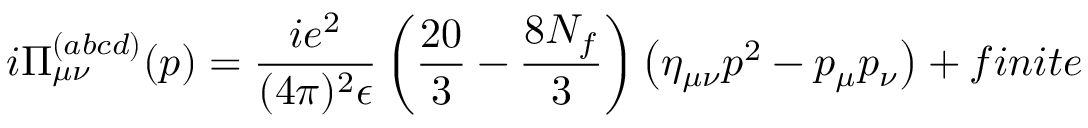
i \Pi _ { \mu \nu } ^ { ( a b c d ) } ( p ) = \frac { i e ^ { 2 } } { ( 4 \pi ) ^ { 2 } \epsilon } \left( \frac { 2 0 } { 3 } - \frac { 8 N _ { f } } { 3 } \right) \left( \eta _ { \mu \nu } p ^ { 2 } - p _ { \mu } p _ { \nu } \right) + f i n i t e